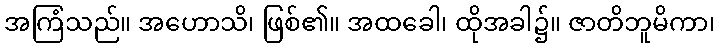
အကြံသည်။ အဟောသိ၊ ဖြစ်၏။ အထခေါ၊ ထိုအခါ၌။ ဇာတိဘူမိကာ၊